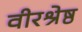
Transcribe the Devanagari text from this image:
वीरश्रेष्ठ